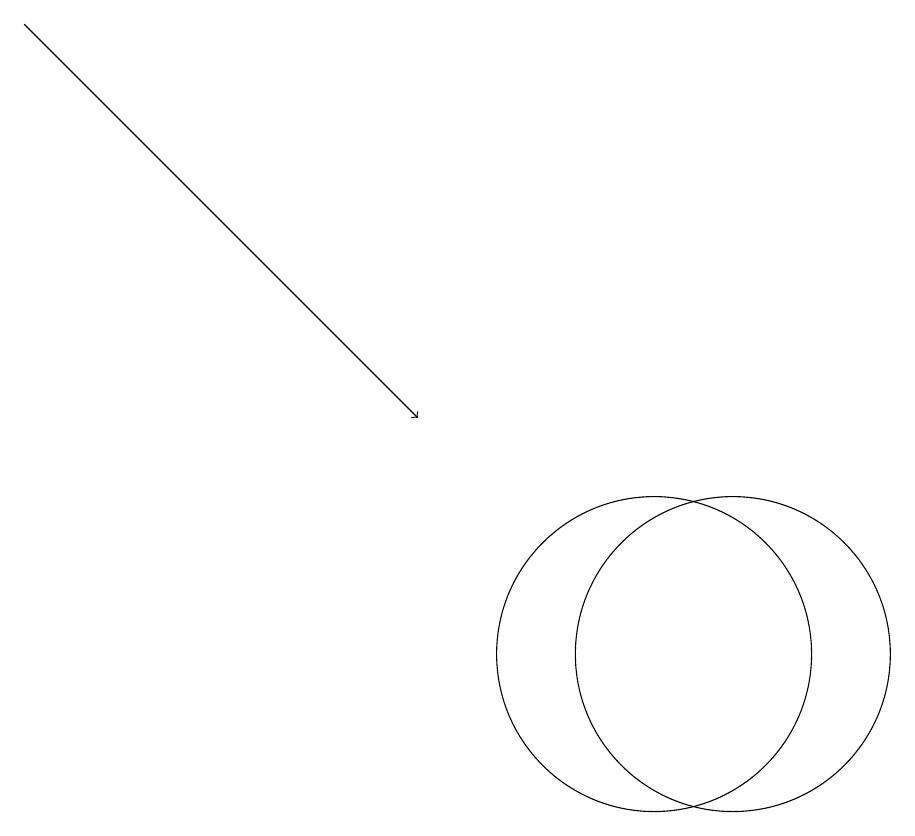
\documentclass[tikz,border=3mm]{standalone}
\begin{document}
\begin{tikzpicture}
\draw (11,10) circle (2);
\draw (12,10) circle (2);
\draw (12,10) circle (0);
\draw[->] (3,18) -- (8,13);
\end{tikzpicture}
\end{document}